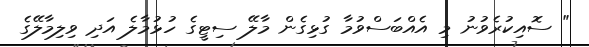
" ސޮއިކުރެވުނު މި އެއްބަސްވުމާ ގުޅިގެން މާލޭ ސިޓީގެ ހުޅުމާލެ އަދި ވިލިމާލޭގެ